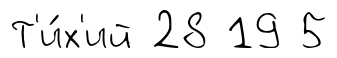
Т'и́х'ий 28 19 5